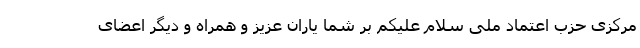
مرکزی حزب اعتماد ملی سلام علیکم بر شما یاران عزیز و همراه و دیگر اعضای